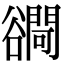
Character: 𧯓